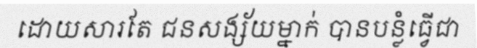
ដោយសារតែ ជនសង្ស័យម្នាក់ បានបន្លំធ្វើជា